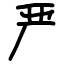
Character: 严